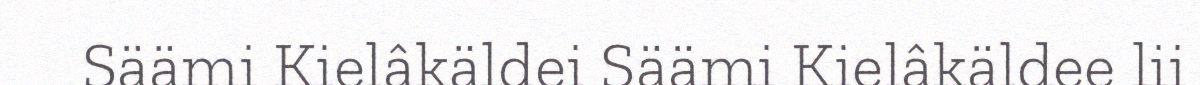
Säämi Kielâkäldei Säämi Kielâkäldee lii